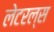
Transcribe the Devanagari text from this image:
लेटरल्स